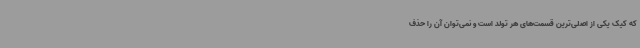
که کیک یکی از اصلی‌ترین قسمت‌های هر تولد است و نمی‌توان آن را حذف